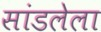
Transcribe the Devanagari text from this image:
सांडलेला